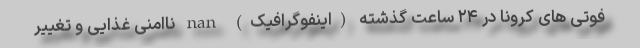
فوتی های کرونا در ۲۴ ساعت گذشته (اینفوگرافیک) nan ناامنی غذايی و تغيير